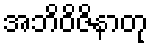
အဘိဝိဇိနာတု